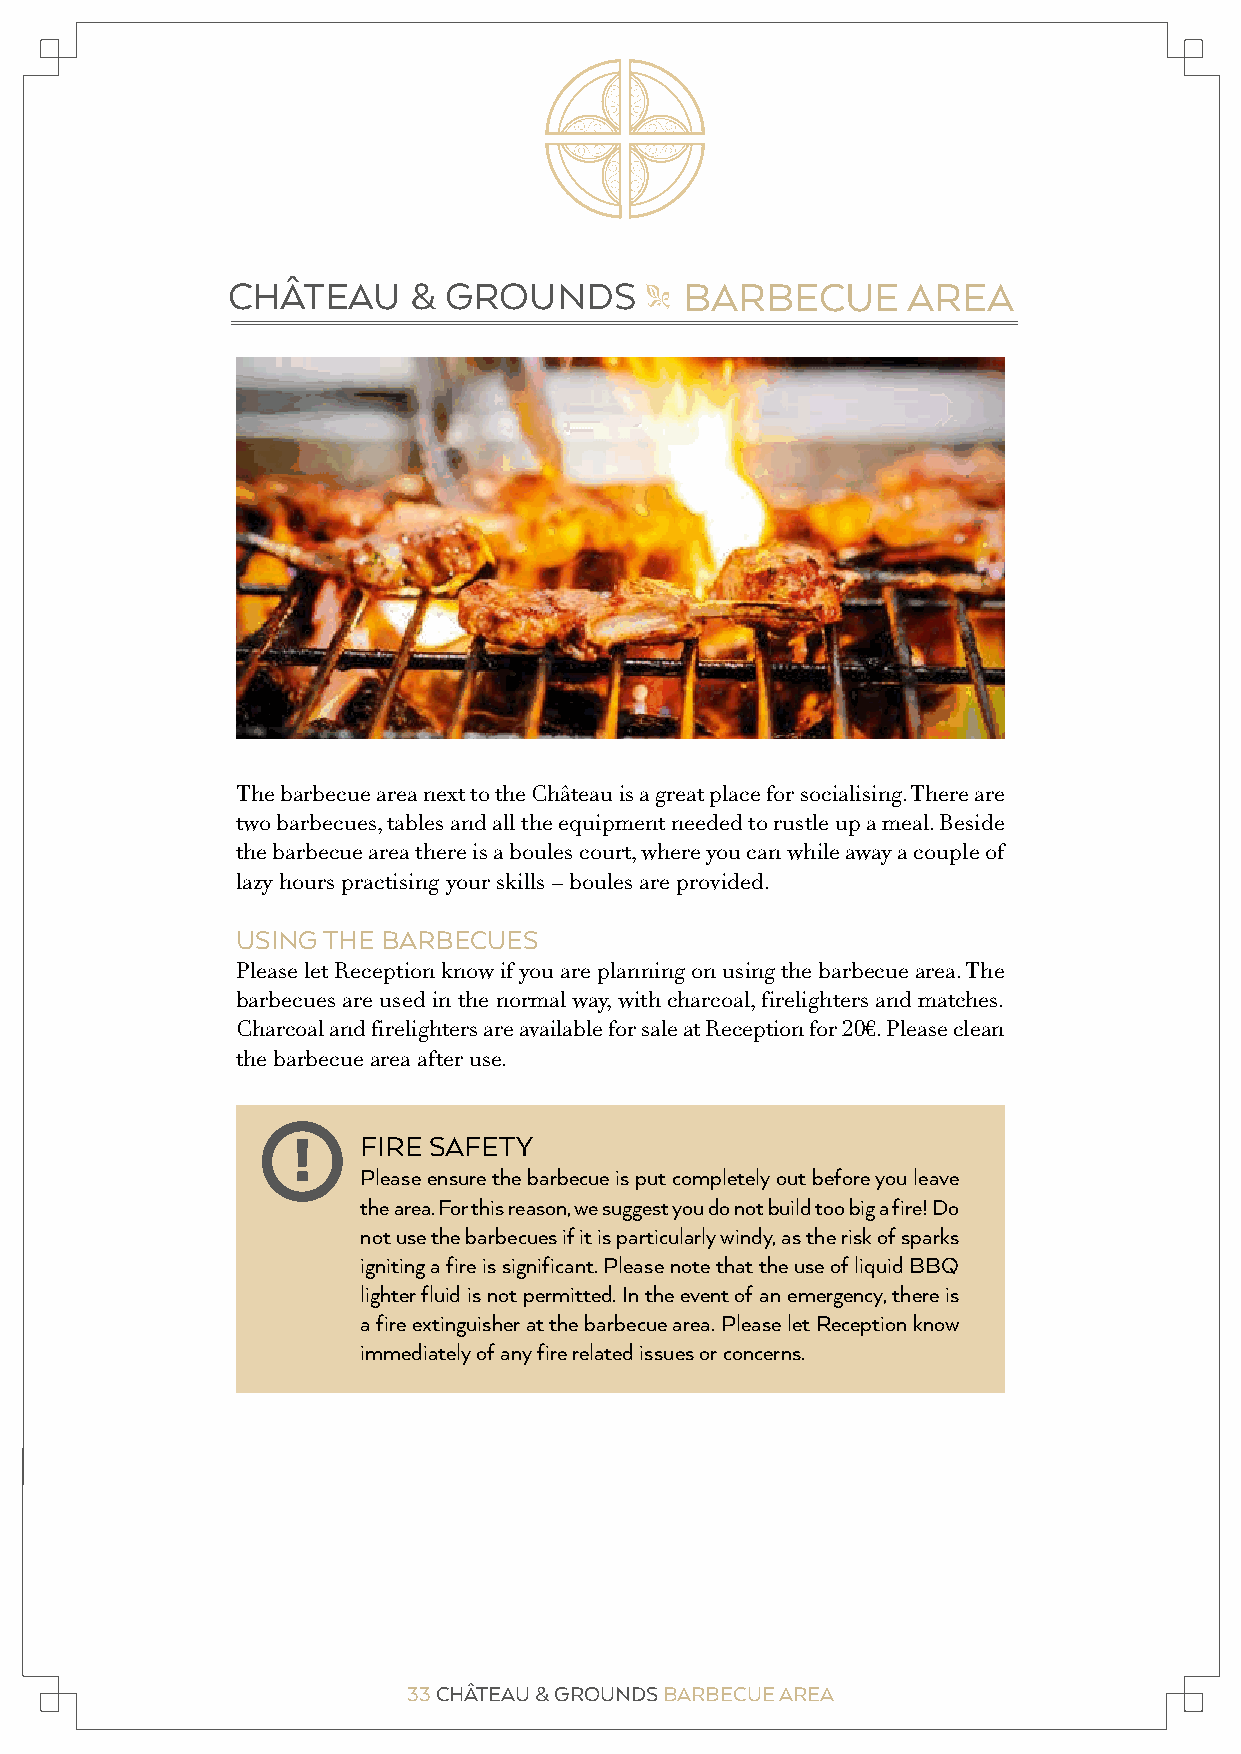
CHÂTEAU     & GROUNDS         BARBECUE       AREA
 "
 The barbecue area next to the Château is a great place for socialising. There are
 two barbecues, tables and all the equipment needed to rustle up a meal. Beside
 the barbecue area there is a boules court, where you can while away a couple of
 lazy hours practising your skills – boules are provided.
 USING THE BARBECUES
 Please let Reception know if you are planning on using the barbecue area. The
 barbecues are used in the normal way, with charcoal, firelighters and matches.
 Charcoal and firelighters are available for sale at Reception for 20€. Please clean
 the barbecue area after use.
 !    FIRE SAFETY
 Please ensure the barbecue is put completely out before you leave
 the area. For this reason, we suggest you do not build too big a fire! Do
 not use the barbecues if it is particularly windy, as the risk of sparks
 igniting a fire is significant. Please note that the use of liquid BBQ
 lighter fluid is not permitted. In the event of an emergency, there is
 a fire extinguisher at the barbecue area. Please let Reception know
 immediately of any fire related issues or concerns.
 33 CHÂTEAU & GROUNDS BARBECUE AREA